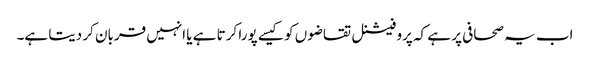
اب یہ صحافی پر ہے کہ پروفیشنل تقاضوں کو کیسے پورا کرتا ہے یا انہیں قربان کر دیتا ہے۔